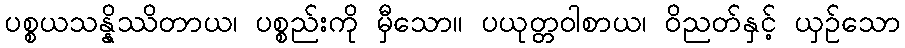
ပစ္စယသန္နိဿိတာယ၊ ပစ္စည်းကို မှီသော။ ပယုတ္တဝါစာယ၊ ဝိညတ်နှင့် ယှဉ်သော